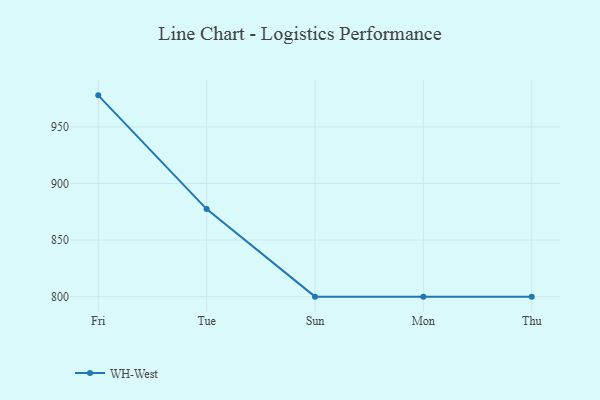
{"axis": {"x": "Day", "y": "Satisfaction Score"}, "legend": ["WH-West"], "data": [{"x": "Fri", "y": 977.9, "type": "WH-West"}, {"x": "Tue", "y": 877.4, "type": "WH-West"}, {"x": "Sun", "y": 800, "type": "WH-West"}, {"x": "Mon", "y": 800, "type": "WH-West"}, {"x": "Thu", "y": 800, "type": "WH-West"}]}